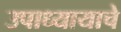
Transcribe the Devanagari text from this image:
उपाध्यायाचे